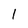
Character: 1